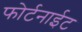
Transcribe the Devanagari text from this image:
फोर्टनाईट